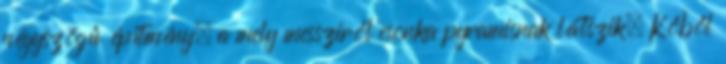
négyszögű építmény, a mely messziről csonka pyramisnak látszik. Kőből